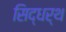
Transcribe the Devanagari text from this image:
सिद्धर्थ